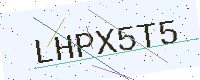
Text: LHPX5T5